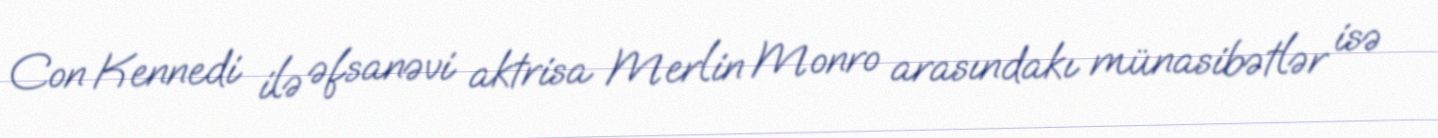
Con Kennedi ilə əfsanəvi aktrisa Merlin Monro arasındakı münasibətlər isə